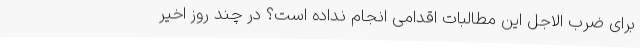
برای ضرب الاجل این مطالبات اقدامی انجام نداده است؟ در چند روز اخیر